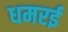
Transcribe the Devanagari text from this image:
धमरई